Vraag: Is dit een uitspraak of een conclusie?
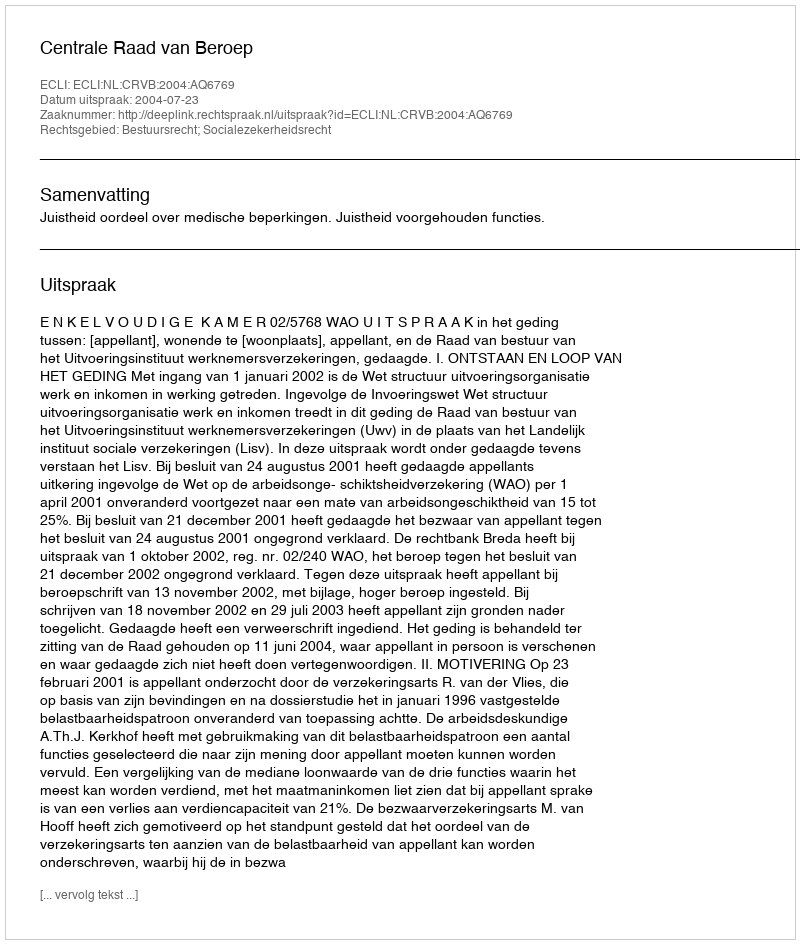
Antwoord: Uitspraak